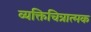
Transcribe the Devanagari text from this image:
व्यक्तिचित्रात्मक